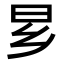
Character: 𬁠